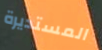
المستديرة